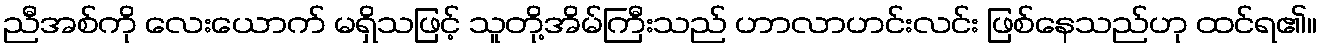
ညီအစ်ကို လေးယောက် မရှိသဖြင့် သူတို့အိမ်ကြီးသည် ဟာလာဟင်းလင်း ဖြစ်နေသည်ဟု ထင်ရ၏။